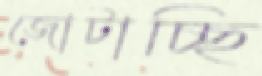
জোটাচ্ছি